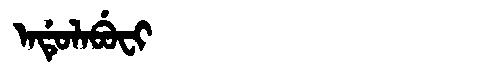
Manchu: ᠠᡩᡠᠯᠠᠪᡠᠸᡳ
Romanization: ADULABUFI